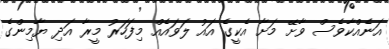
އަނެއްކާވެސް ވާށޭ މަށާ އެކީގެ އައު ލަވައެއް މިފަހަރު މީރާ އަދި ޔާމިންގެ